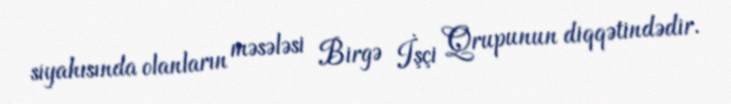
siyahısında olanların məsələsi Birgə İşçi Qrupunun diqqətindədir.